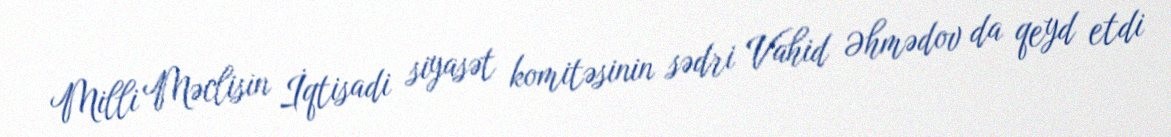
Milli Məclisin İqtisadi siyasət komitəsinin sədri Vahid Əhmədov da qeyd etdi